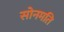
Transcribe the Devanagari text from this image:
सोनमति